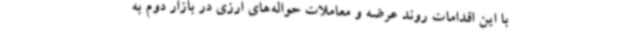
با این اقدامات روند عرضه و معاملات حواله‌های ارزی در بازار دوم به